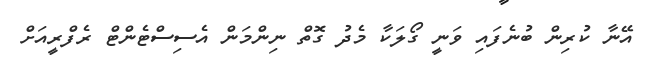
އޭނާ ކުރިން ބުނެފައި ވަނީ ގޯލަކާ މެދު ގޮތް ނިންމަން އެސިސްޓެންޓް ރެފްރީއަށް